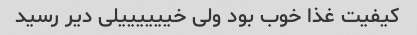
کیفیت غذا خوب بود ولی خییییییلی دیر رسید